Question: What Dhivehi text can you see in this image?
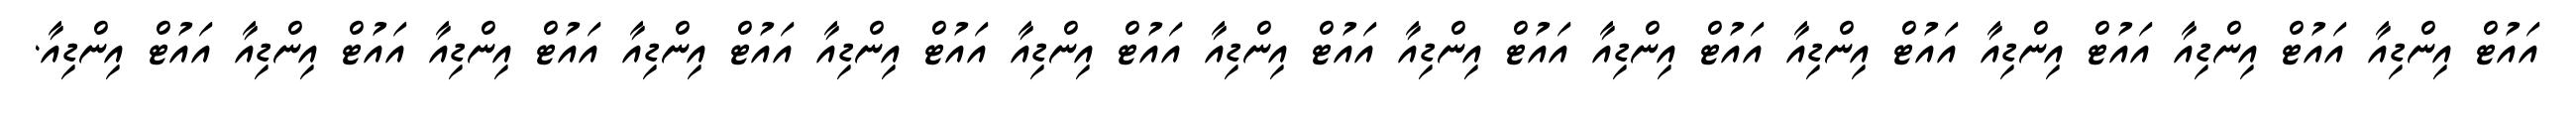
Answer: އައުޓް އިންޑިއާ އައުޓް އިންޑިއާ އައުޓް އިންޑިއާ އައުޓް އިންޑިއާ އައުޓް އިންޑިއާ އައުޓް އިންޑިއާ އައުޓް އިންޑިއާ އައުޓް އިންޑިއާ އައުޓް އިންޑިއާ އައުޓް އިންޑިއާ އައުޓް އިންޑިއާ އައުޓް އިންޑިއާ އައުޓް އިންޑިއާ.